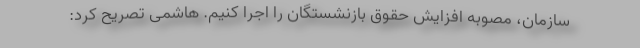
سازمان، مصوبه افزایش حقوق بازنشستگان را اجرا کنیم. هاشمی تصریح کرد: